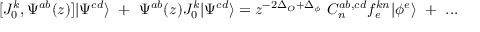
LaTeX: [ J _ { 0 } ^ { k } , \Psi ^ { a b } ( z ) ] | \Psi ^ { c d } \rangle ~ + ~ \Psi ^ { a b } ( z ) J _ { 0 } ^ { k } | \Psi ^ { c d } \rangle = z ^ { - 2 \Delta _ { O } + \Delta _ { \phi } } ~ C _ { n } ^ { a b , c d } f _ { e } ^ { k n } | \phi ^ { e } \rangle ~ + ~ . . .